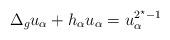
LaTeX: \begin{align*}\Delta_gu_\alpha + h_\alpha u_\alpha = u_\alpha^{2^\star-1}\end{align*}